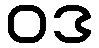
ဝဒ